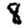
Digit: 8